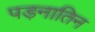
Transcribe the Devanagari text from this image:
पड़नातिन